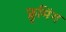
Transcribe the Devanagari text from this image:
फ्लूमिंग